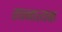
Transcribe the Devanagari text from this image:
रचनात्यक